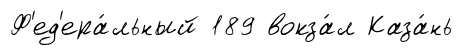
Ф'ед'ера́льный 189 вокза́л Каза́нь